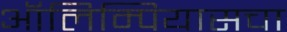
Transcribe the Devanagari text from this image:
ऑलिम्पियासचा